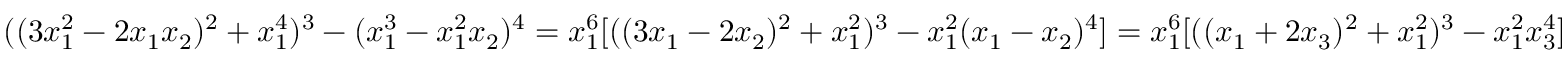
( ( 3 x _ { 1 } ^ { 2 } - 2 x _ { 1 } x _ { 2 } ) ^ { 2 } + x _ { 1 } ^ { 4 } ) ^ { 3 } - ( x _ { 1 } ^ { 3 } - x _ { 1 } ^ { 2 } x _ { 2 } ) ^ { 4 } = x _ { 1 } ^ { 6 } [ ( ( 3 x _ { 1 } - 2 x _ { 2 } ) ^ { 2 } + x _ { 1 } ^ { 2 } ) ^ { 3 } - x _ { 1 } ^ { 2 } ( x _ { 1 } - x _ { 2 } ) ^ { 4 } ] = x _ { 1 } ^ { 6 } [ ( ( x _ { 1 } + 2 x _ { 3 } ) ^ { 2 } + x _ { 1 } ^ { 2 } ) ^ { 3 } - x _ { 1 } ^ { 2 } x _ { 3 } ^ { 4 } ]